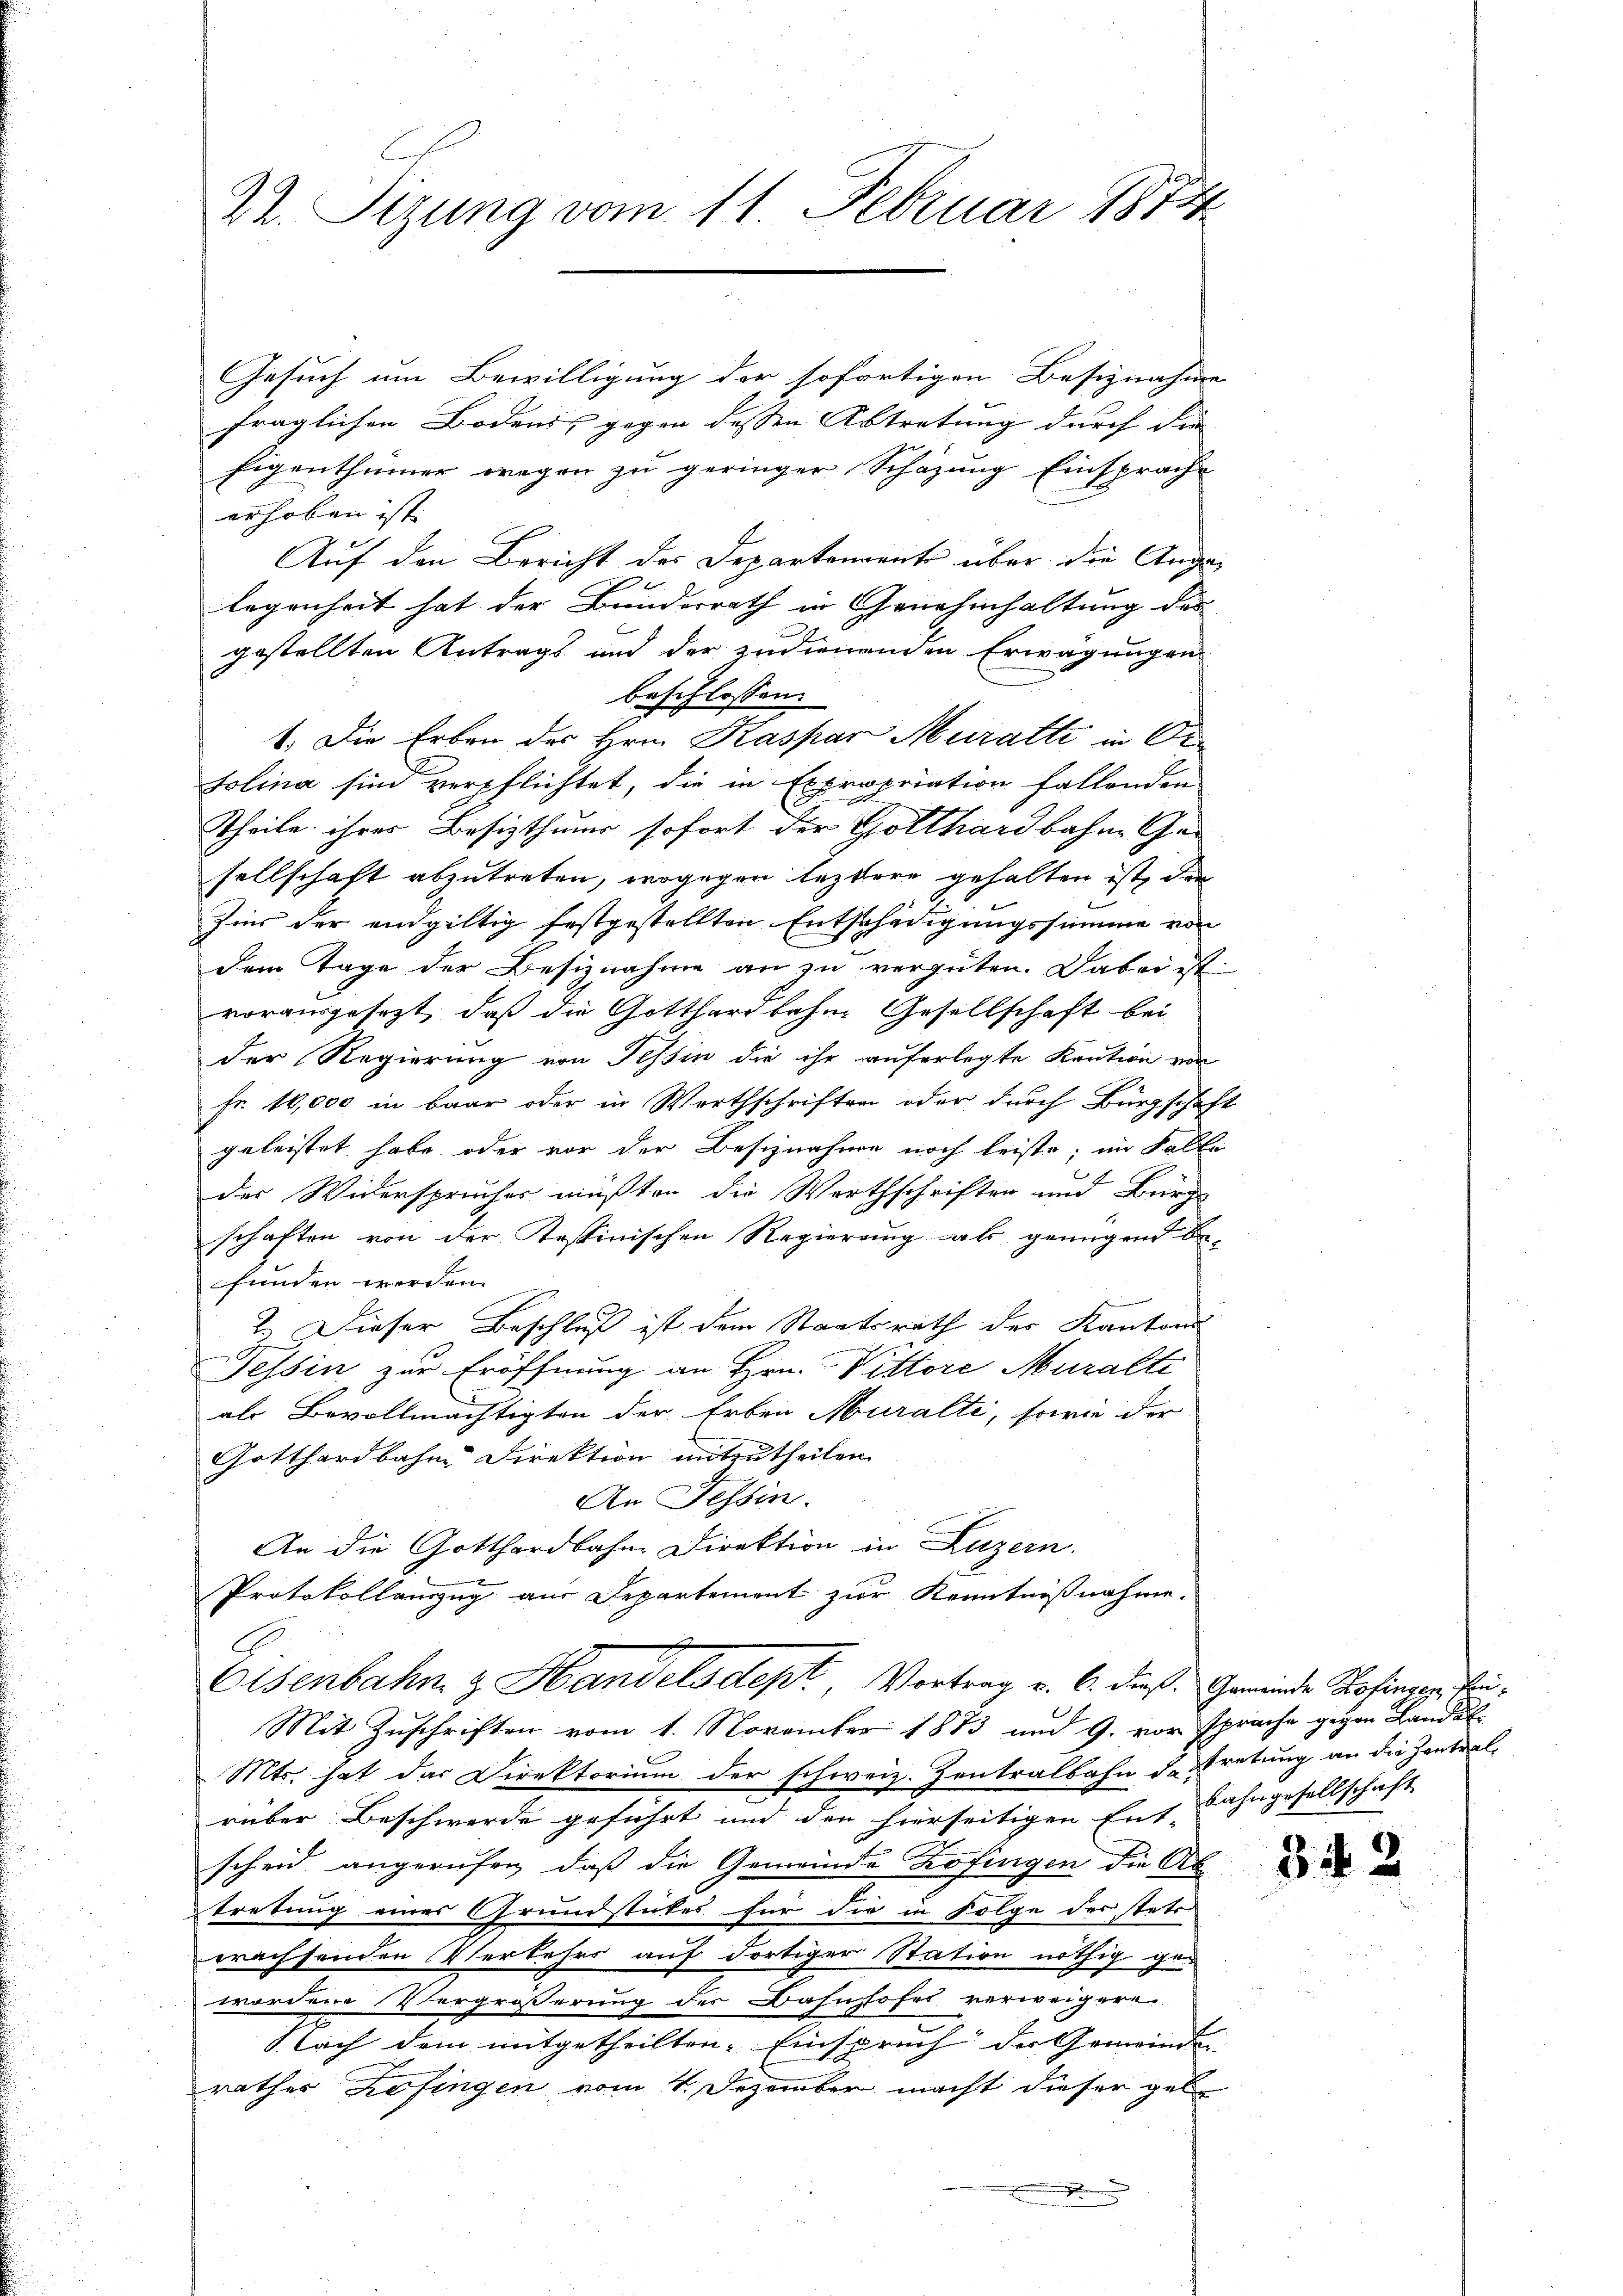
2
22. Sizung vom 11. Februar 1812.

Gesuch um Bewilligung der sofortigen Besiznahme
fraglichen Bodens, gegen dessen Abtretung durch die |
Eigenthümer wegen zu geringer Schazung Einsprache
erhoben ist
Auf den Bericht des Departements über die Angalegenheit hat der Bunderrath in Genehmhaltung des
gestellten Antrags und der zudienenden Erwägungen
beschlossen:
1.) Die Erben des Hrn. Kaspar Muratti in Orolina sind verpflichtet, die in Expropriation fallenden
Theile ihrer Besiztheur sofort der Gotthardbahne Gesellschaft abzutreten, wogegen leztere gehalten ist, den
Zins der endgültig festgestellten Entschädigungssumme von
dem Tage der Besiznahme an zu vergüten. Dabei ist
vorausgesezt, daß die Gotthardbahne Gesellschaft bei
der Regierung von Tessin die ihr auferlegte Kaution von
Fr. 10,000 in baar oder in Werthschriften oder durch Bürgschaf
geleistet habe oder vor der Beschnahme noch leiste; im Falle
der Widersprücher müßten die Werthschriften und Bürg-
schaften von der Kostinischen Regierung als genügend befunden werden.
2.) Dieser Beschluß ist dem Staatsrath der Kantons
Tessin zur Eröffnung an Hrn. Vittore Muralte
als Bevollmächtigten der Erben Muralte, sowie der
Gotthardbahne Direktion mitzutheilen.
An Tessin.
An die Gotthardbahne Direktion in Luzern.
Protokollanzug aus Departement zur Kenntnißnahme.
Eisenbahn & Handelsdept, Vortrag v. 6. dieß. Gemeinde Hofingen Be¬
Mit Zuschriften vom 1. November 1883 und 9. vor sprache gegen Landel
Mts. hat das Direktorium der schweiz. Zentralbahn de tretung an die Zentral-
rüber Beschwerde geführt und den hierseitigen Ent- Lahngesellschaft
scheid angerufen, daß die Gemeinde Zofingen die Abtretung eines Grundstückes für die in Folge des stets
erachsenden Verkehrs auf dortiger Station nöthig gewordene Vergrößerung der Bahnhofes verweigern.
Nach dem mitgetheilten Einspruch der Gemeinde
rathes Zofingen vom 1. Dezember macht dieser gel

2

.

3. d. 2